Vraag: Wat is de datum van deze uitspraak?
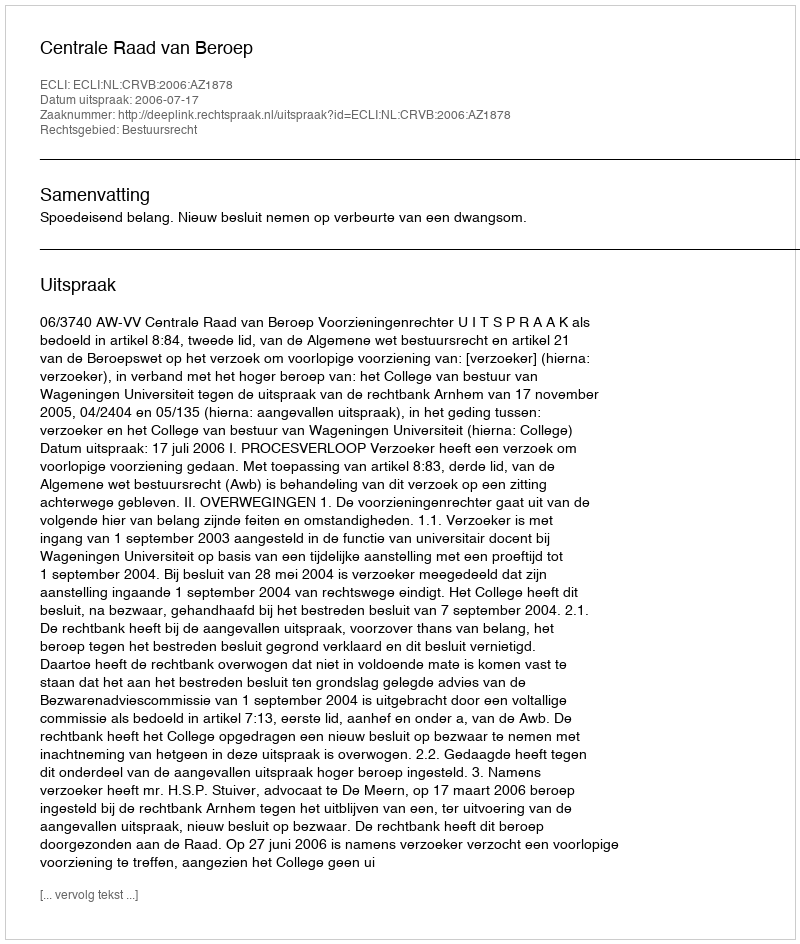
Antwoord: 2006-07-17